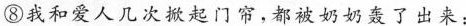
⑧我和爱人几次掀起门帘，都被奶奶轰了出来